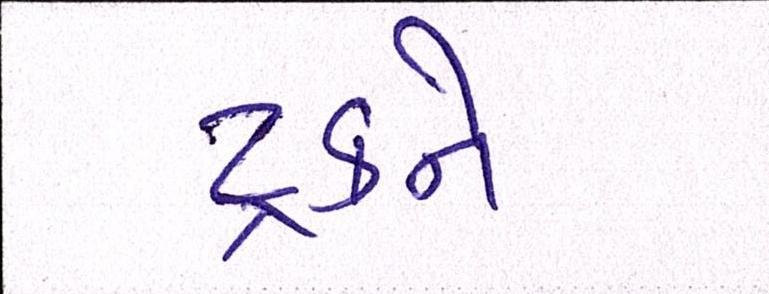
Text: ટ્રકને